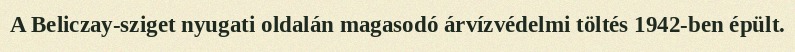
A Beliczay-sziget nyugati oldalán magasodó árvízvédelmi töltés 1942-ben épült.